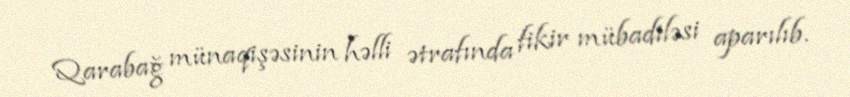
Qarabağ münaqişəsinin həlli ətrafında fikir mübadiləsi aparılıb.